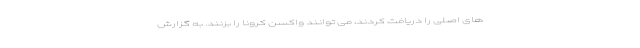
های اصلی را دریافت کردند، می توانند واکسن کرونا را بزنند. به گزارش